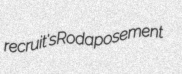
recruit's Roda posement